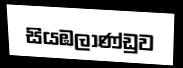
සියඹලාණ්ඩුව